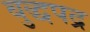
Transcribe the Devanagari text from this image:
बुद्धपद्र